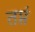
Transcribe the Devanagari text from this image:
तप्तं